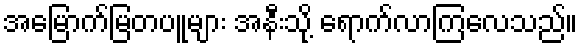
အမြောက်မြတပူများ အနီးသို့ ရောက်လာကြလေသည်။